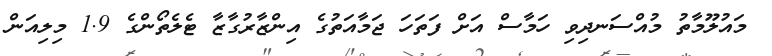
މައުލޫމާތު މުއްސަނދިވި ހަމާސް އަށް ފަތަހަ ޖަމާއަތުގެ އިންޒާރުގާޒާ ޓެލެތޯންގެ 1.9 މިލިއަން